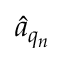
\hat { a } _ { q _ { n } }